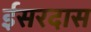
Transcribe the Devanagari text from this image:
ईसरदास